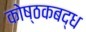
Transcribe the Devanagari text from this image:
कोष्ठकबद्ध